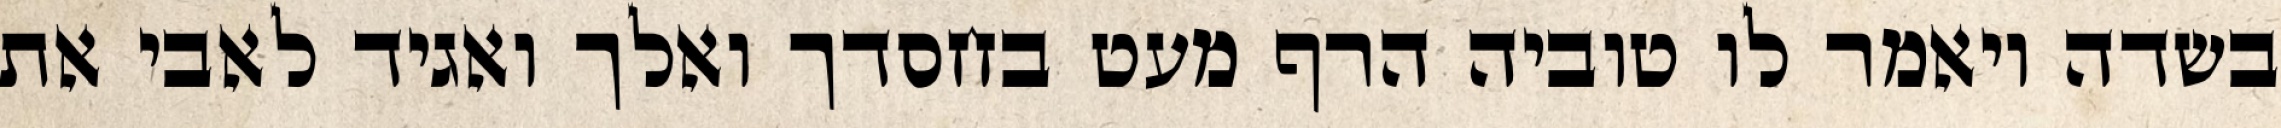
בשדה ויאמר לו טוביה הרף מעט בחסדך ואלך ואגיד לאבי את